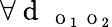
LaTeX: \forall\mathrm{~d~}_{\mathrm{~\scriptsize~O~}_{1}\mathrm{~\scriptsize~O~}_{2}}